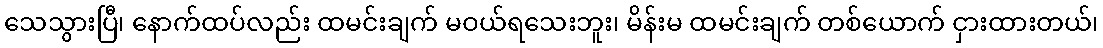
သေသွားပြီ၊ နောက်ထပ်လည်း ထမင်းချက် မဝယ်ရသေးဘူး၊ မိန်းမ ထမင်းချက် တစ်ယောက် ငှားထားတယ်၊